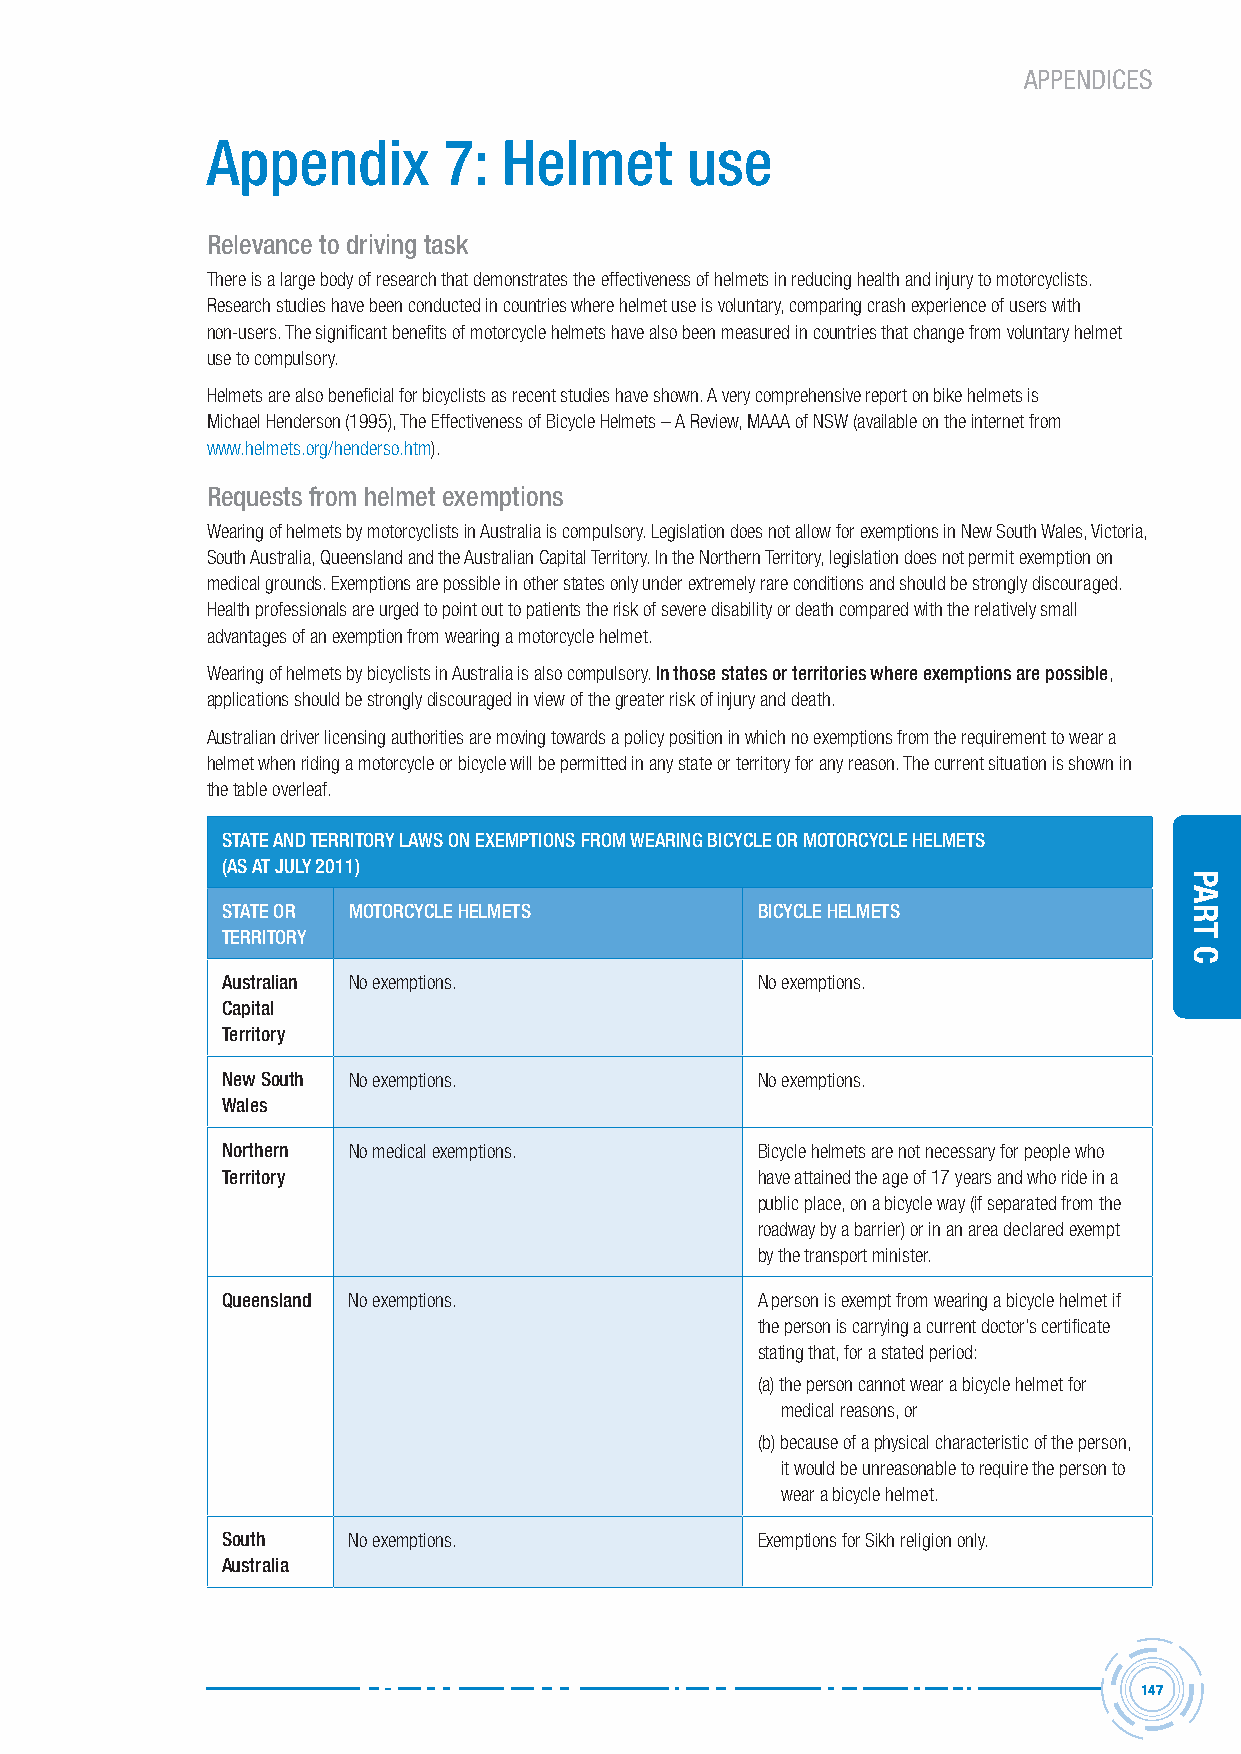
APPENDICES
 Appendix       7:  helmet      use
 relevance to driving task
 There is a large body of research that demonstrates the effectiveness of helmets in reducing health and injury to motorcyclists.
 Research studies have been conducted in countries where helmet use is voluntary, comparing crash experience of users with
 non-users. The significant benefits of motorcycle helmets have also been measured in countries that change from voluntary helmet
 use to compulsory.
 Helmets are also beneficial for bicyclists as recent studies have shown. A very comprehensive report on bike helmets is
 Michael Henderson (1995), The Effectiveness of Bicycle Helmets – A Review, MAAA of NSW (available on the internet from
 www.helmets.org/henderso.htm).
 requests from helmet exemptions
 Wearing of helmets by motorcyclists in Australia is compulsory. Legislation does not allow for exemptions in New South Wales, Victoria,
 South Australia, Queensland and the Australian Capital Territory. In the Northern Territory, legislation does not permit exemption on
 medical grounds. Exemptions are possible in other states only under extremely rare conditions and should be strongly discouraged.
 Health professionals are urged to point out to patients the risk of severe disability or death compared with the relatively small
 advantages of an exemption from wearing a motorcycle helmet.
 Wearing of helmets by bicyclists in Australia is also compulsory. in those states or territories where exemptions are possible,
 applications should be strongly discouraged in view of the greater risk of injury and death.
 Australian driver licensing authorities are moving towards a policy position in which no exemptions from the requirement to wear a
 helmet when riding a motorcycle or bicycle will be permitted in any state or territory for any reason. The current situation is shown in
 the table overleaf.
 stAte AnD territorY LAWs on eXeMPtions FroM WeAring BicYcLe or MotorcYcLe heLMets
 (As At JULY 2011)
 stAte or MotorcYcLe heLMets        BicYcLe heLMets
 territorY
 Australian No exemptions.          No exemptions.
 capital
 territory
 new south No exemptions.           No exemptions.
 Wales
 northern No medical exemptions.    Bicycle helmets are not necessary for people who
 territory                          have attained the age of 17 years and who ride in a
 public place, on a bicycle way (if separated from the
 roadway by a barrier) or in an area declared exempt
 by the transport minister.
 Queensland No exemptions.          A person is exempt from wearing a bicycle helmet if
 the person is carrying a current doctor’s certificate
 stating that, for a stated period:
 (a) the person cannot wear a bicycle helmet for
 medical reasons, or
 (b) because of a physical characteristic of the person,
 it would be unreasonable to require the person to
 wear a bicycle helmet.
 south   No exemptions.             Exemptions for Sikh religion only.
 Australia
 147
 Part
 C